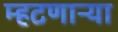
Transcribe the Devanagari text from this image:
म्हटणाऱ्या